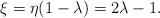
LaTeX: \begin{align*}\xi=\eta(1-\lambda)=2\lambda-1.\end{align*}